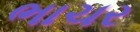
ભાચર